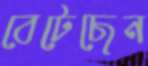
বেটেছেন